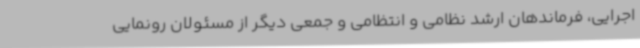
اجرایی، فرماندهان ارشد نظامی و انتظامی و جمعی دیگر از مسئولان رونمایی